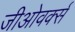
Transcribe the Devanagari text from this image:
जीओवर्क्स